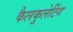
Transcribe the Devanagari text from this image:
कैलकुलेटिंग